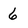
Character: 6